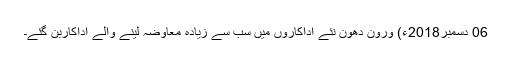
06 دسمبر2018ء) ورون دھون نئے اداکاروں میں سب سے زیادہ معاوضہ لینے والے اداکاربن گئے۔